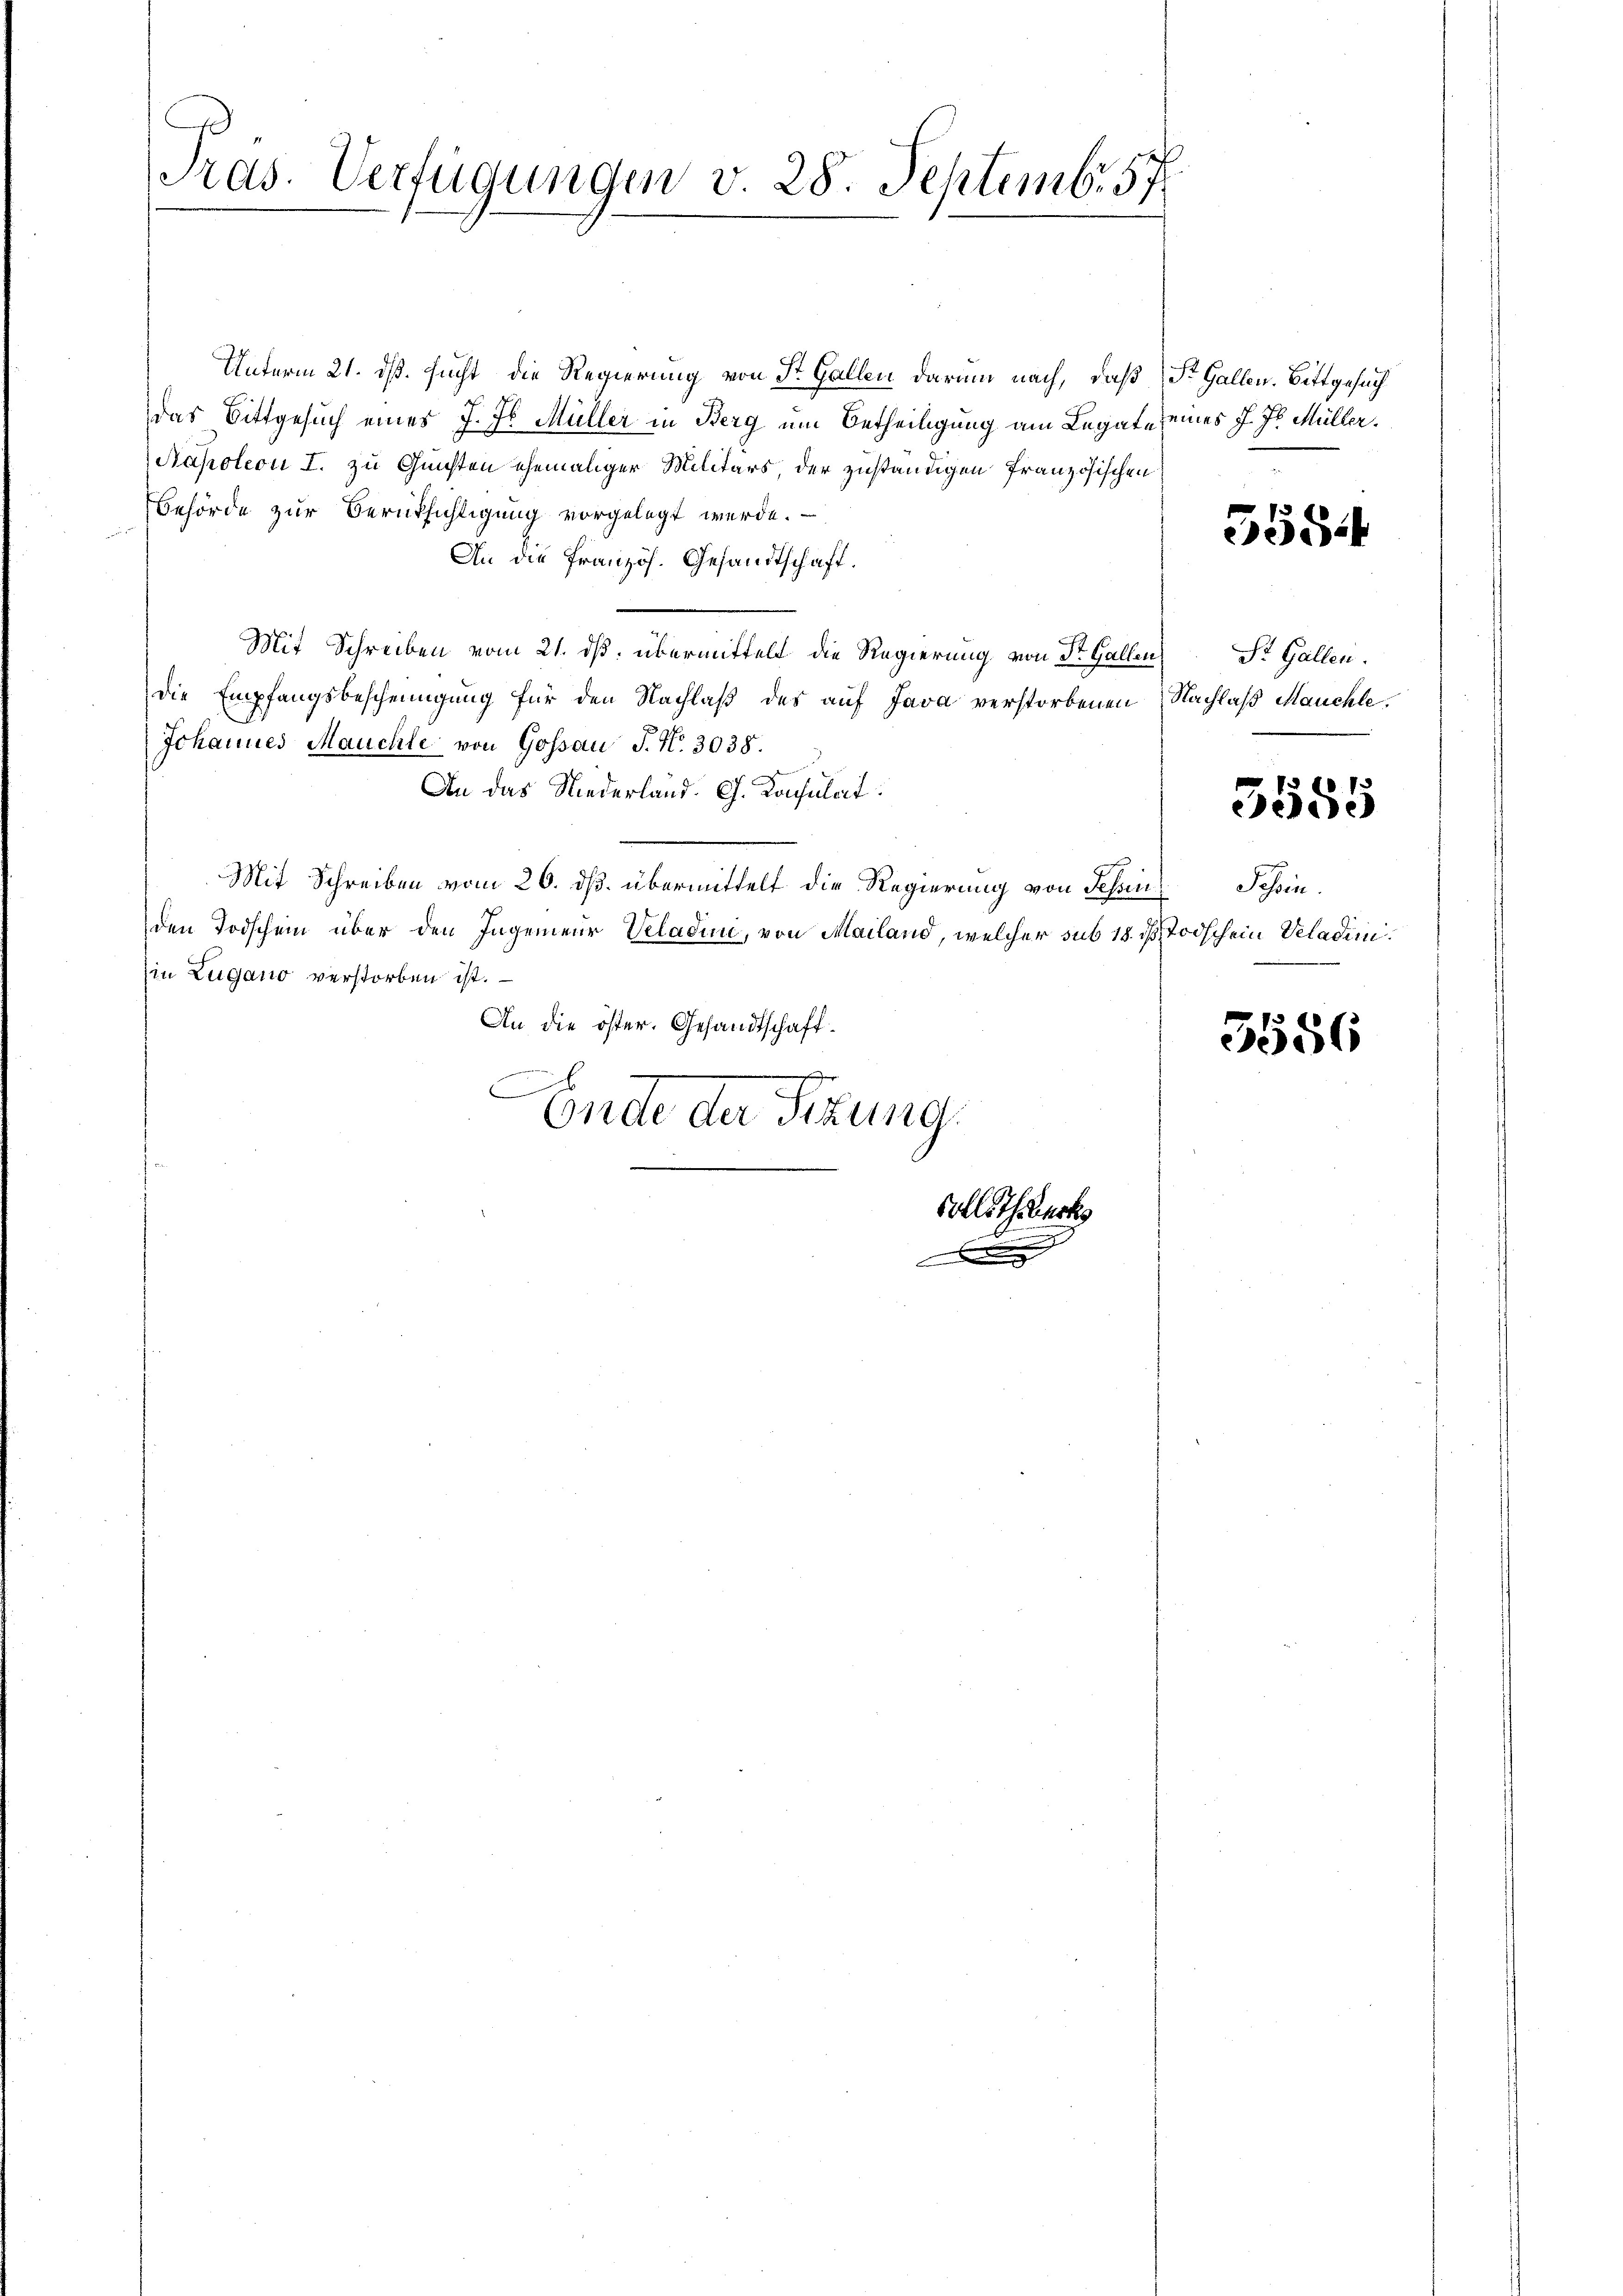
Tras. Verfügungen v. 28. Septemb. 57.

Unterm 21. dß. sucht die Regierung von St. Gallen darum nach, daß St. Gallen. Bittgesuch
das Bittgesuch eines J. J. Müller in Berg um Betheiligung am Legate eines J. J. Müller.
Napoleon I. zu Gunsten ehemaliger Militärs, der zuständigen französischen
Behörde zur Berüksichtigung vorgelegt werde.
An die Französ. Gesandtschaft.
Mit Schreiben vom 21. ds. übermittelt die Regierung von St. Gallen
Die Empfangsbescheinigung für den Nachlaß des auf Java verstorbenen Nachlaß Mauchte.
Johannes Mauchte von Gossau P. Nr. 3038.
An das Niederland. G. Konsulat
Mit Schreiben vom 26. ds. übermittelt die Regierung von Scheinden Todschein über den Ingenieur Veladini, von Mailand, welcher sub 18. ds Todschein Veladimiin Zugano verstorben ist.
An die öster. Gesandtschaft.
e
d
Ende der Sitzung.

Sollet werk

.
354

St. Gallen.

3585

Schen.

3586